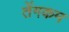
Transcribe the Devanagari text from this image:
तेंगकम